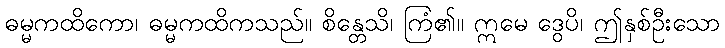
ဓမ္မကထိကော၊ ဓမ္မကထိကသည်။ စိန္တေသိ၊ ကြံ၏။ ဣမေ ဒွေပိ၊ ဤနှစ်ဦးသော